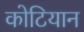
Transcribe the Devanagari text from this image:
कोटियान